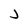
Character: j